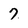
Character: 7